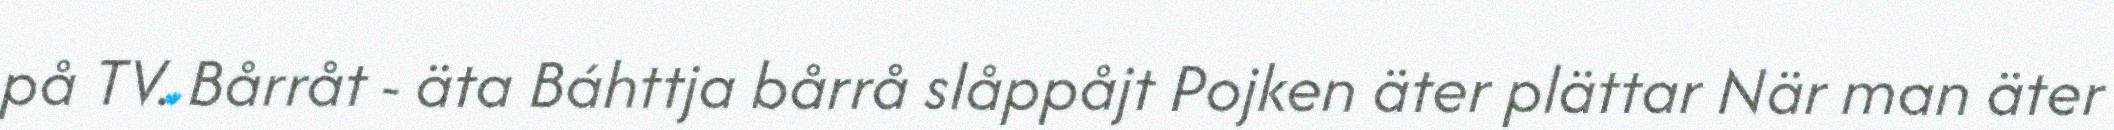
på TV. Bårråt - äta Báhttja bårrå slåppåjt Pojken äter plättar När man äter